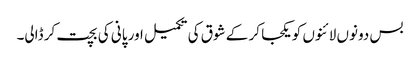
بس دونوں لائنوں کو یکجا کر کے شوق کی تکمیل اور پانی کی بچت کر ڈالی۔